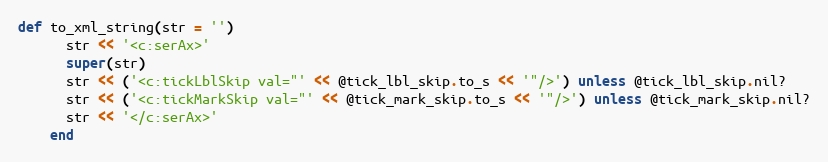
Language: Ruby
def to_xml_string(str = '')
      str << '<c:serAx>'
      super(str)
      str << ('<c:tickLblSkip val="' << @tick_lbl_skip.to_s << '"/>') unless @tick_lbl_skip.nil?
      str << ('<c:tickMarkSkip val="' << @tick_mark_skip.to_s << '"/>') unless @tick_mark_skip.nil?
      str << '</c:serAx>'
    end